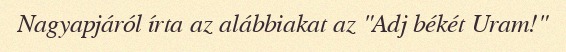
Nagyapjáról írta az alábbiakat az "Adj békét Uram!"